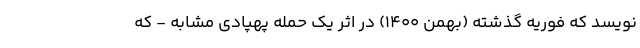
نویسد که فوریه گذشته (بهمن 1400) در اثر یک حمله پهپادی مشابه - که